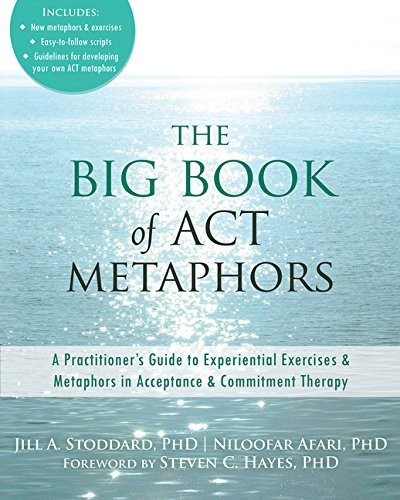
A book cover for The Big Book of ACT Metaphors: A PractitionerEEs Guide to Experiential Exercises and Metaphors in Acceptance and Commitment Therapy; Jill A. Stoddard PhD; Medical Books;